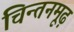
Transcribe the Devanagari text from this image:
चिन्तनमूढ़